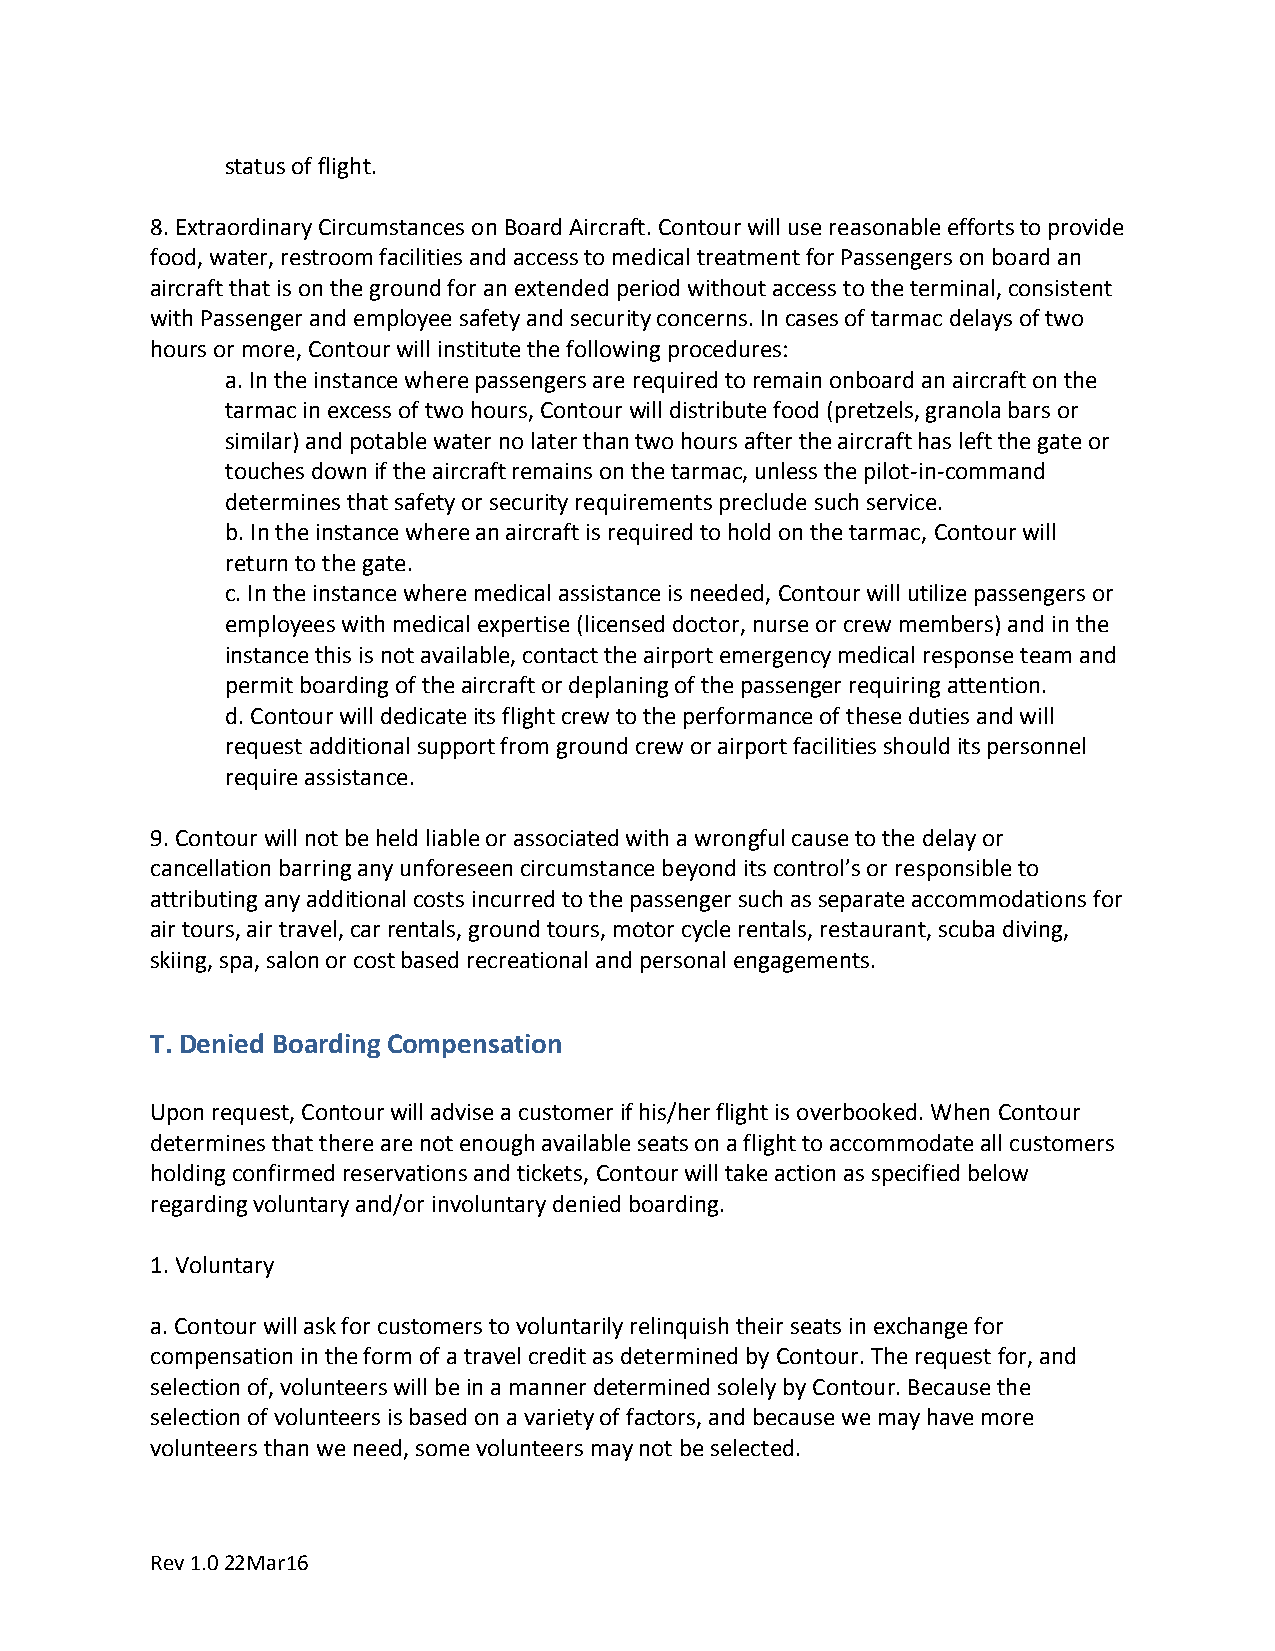
status of flight.
 8. Extraordinary Circumstances on Board Aircraft. Contour will use reasonable efforts to provide
 food, water, restroom facilities and access to medical treatment for Passengers on board an
 aircraft that is on the ground for an extended period without access to the terminal, consistent
 with Passenger and employee safety and security concerns. In cases of tarmac delays of two
 hours or more, Contour will institute the following procedures:
 a. In the instance where passengers are required to remain onboard an aircraft on the
 tarmac in excess of two hours, Contour will distribute food (pretzels, granola bars or
 similar) and potable water no later than two hours after the aircraft has left the gate or
 touches down if the aircraft remains on the tarmac, unless the pilot-in-command
 determines that safety or security requirements preclude such service.
 b. In the instance where an aircraft is required to hold on the tarmac, Contour will
 return to the gate.
 c. In the instance where medical assistance is needed, Contour will utilize passengers or
 employees with medical expertise (licensed doctor, nurse or crew members) and in the
 instance this is not available, contact the airport emergency medical response team and
 permit boarding of the aircraft or deplaning of the passenger requiring attention.
 d. Contour will dedicate its flight crew to the performance of these duties and will
 request additional support from ground crew or airport facilities should its personnel
 require assistance.
 9. Contour will not be held liable or associated with a wrongful cause to the delay or
 cancellation barring any unforeseen circumstance beyond its control’s or responsible to
 attributing any additional costs incurred to the passenger such as separate accommodations for
 air tours, air travel, car rentals, ground tours, motor cycle rentals, restaurant, scuba diving,
 skiing, spa, salon or cost based recreational and personal engagements.
 T. Denied Boarding Compensation
 Upon request, Contour will advise a customer if his/her flight is overbooked. When Contour
 determines that there are not enough available seats on a flight to accommodate all customers
 holding confirmed reservations and tickets, Contour will take action as specified below
 regarding voluntary and/or involuntary denied boarding.
 1. Voluntary
 a. Contour will ask for customers to voluntarily relinquish their seats in exchange for
 compensation in the form of a travel credit as determined by Contour. The request for, and
 selection of, volunteers will be in a manner determined solely by Contour. Because the
 selection of volunteers is based on a variety of factors, and because we may have more
 volunteers than we need, some volunteers may not be selected.
 Rev 1.0 22Mar16